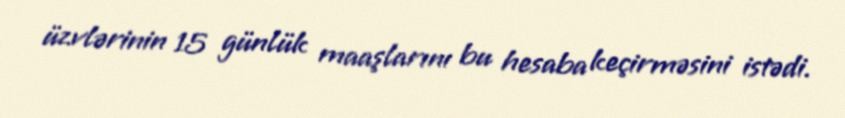
üzvlərinin 15 günlük maaşlarını bu hesaba keçirməsini istədi.